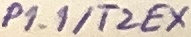
Text: P1.1/T2EX